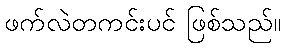
ဖက်လဲတကင်းပင် ဖြစ်သည်။